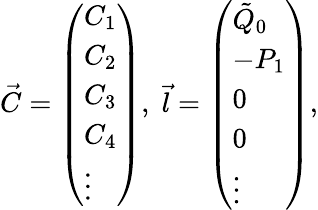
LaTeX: \begin{array}{r}{\vec{C}=\left(\begin{array}{l}{C_{1}}\\ {C_{2}}\\ {C_{3}}\\ {C_{4}}\\ {\vdots}\end{array}\right),\; \vec{l}=\left(\begin{array}{l}{\tilde{Q}_{0}}\\ {-P_{1}}\\ {0}\\ {0}\\ {\vdots}\end{array}\right),}\end{array}